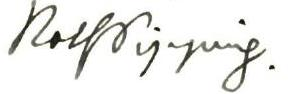
RolfPipping.